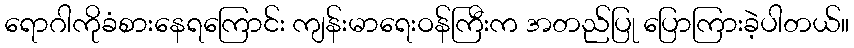
ရောဂါကိုခံစားနေရကြောင်း ကျန်းမာရေးဝန်ကြီးက အတည်ပြု ပြောကြားခဲ့ပါတယ်။